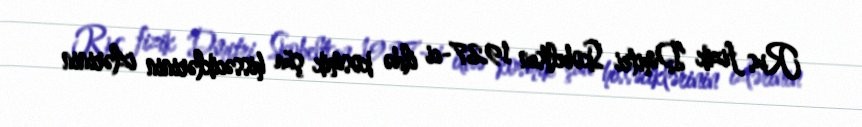
Rus fizik Dmitri Skobeltsın 1927-ci ildə kosmik şüa hissəciklərinin izlərinin